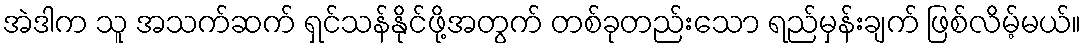
အဲဒါက သူ အသက်ဆက် ရှင်သန်နိုင်ဖို့အတွက် တစ်ခုတည်းသော ရည်မှန်းချက် ဖြစ်လိမ့်မယ်။